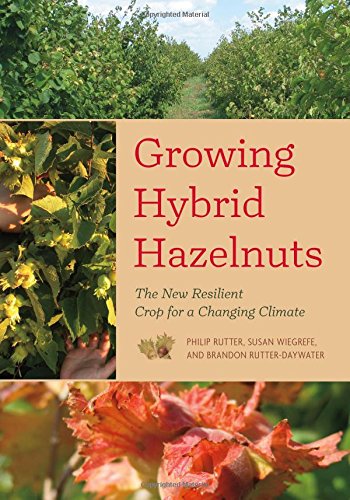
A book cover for Growing Hybrid Hazelnuts: The New Resilient Crop for a Changing Climate; Philip Rutter; Crafts, Hobbies & Home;